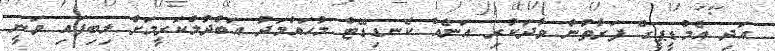
އަދި އެމްޑީޕީގެ ފަރާތުން ވާދަކުރި އަނެއް ކެނޑިޑޭޓް މުހައްމަދު އަބްދުލްކަރީމަށް ލިބިފައި ވަނީ